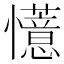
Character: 𫻟